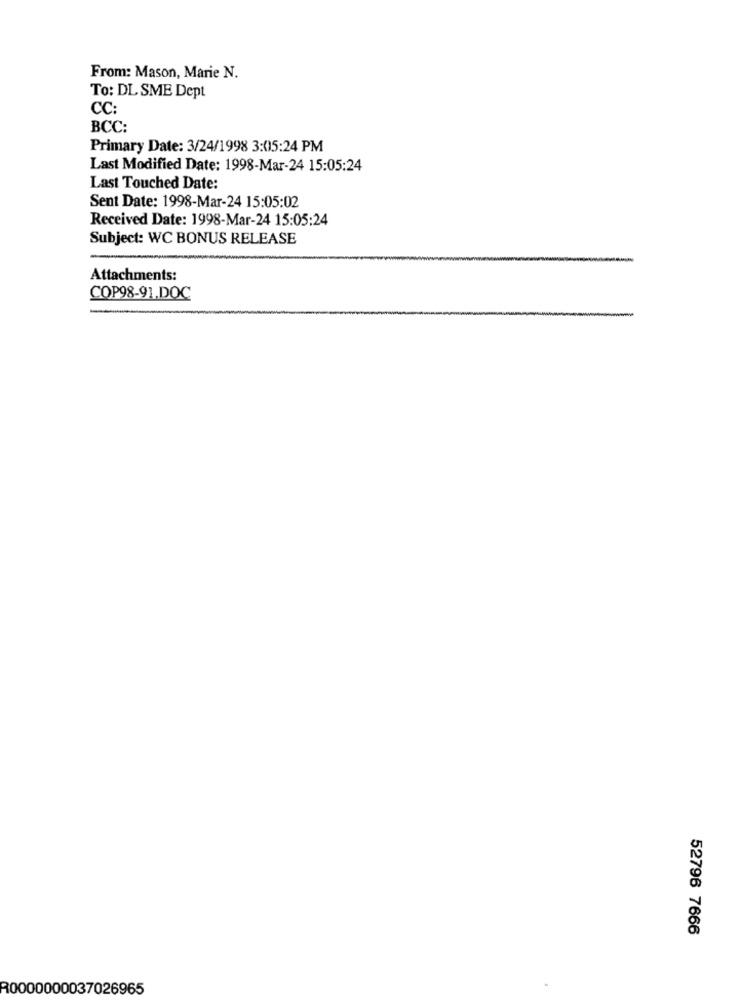
From: Mason, Marie N.
To: DL SME Dept
CC:
BCC:
Primary Date: 3/24/1998 3:05:24 PM
Last Modified Date: 1998-Mar-24 15:05:24
Last Touched Date:
Sent Date: 1998-Mar-24 15:05:02
Received Date: 1998-Mar-24 15:05:24
Subject: WC BONUS RELEASE
Attachments:
COP98-91.DOC
52796 7666
R0000000037026965